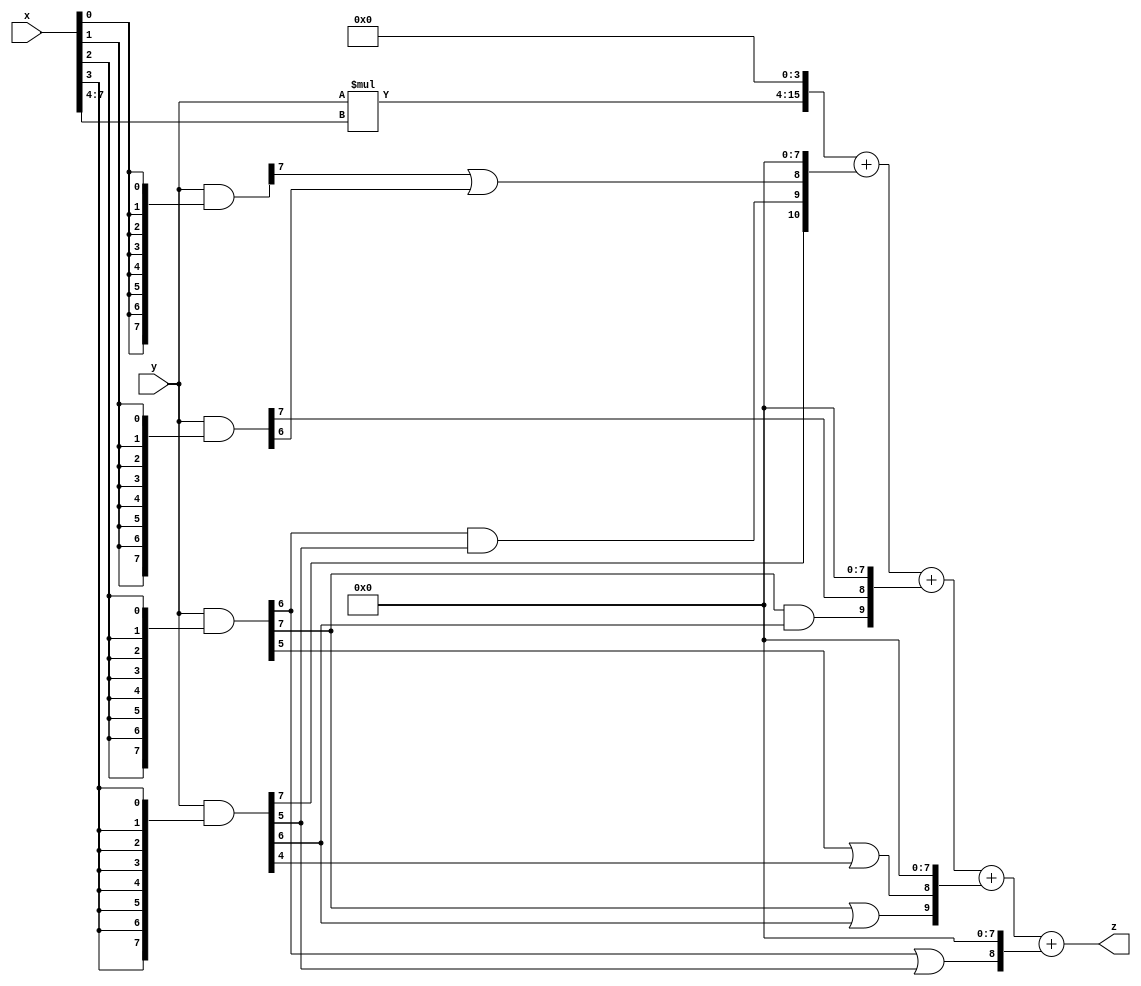
// terms: 8
// fval:  60370.25

module unsigned_8x8_l4_lamb6000_6 (
	input [7:0] x,
	input [7:0] y,
	output [15:0] z
);

wire [11:0] tmp_z = y*x[7:4];

wire [7:0] part1 =  y & {8{x[0]}};
wire [7:0] part2 =  y & {8{x[1]}};
wire [7:0] part3 =  y & {8{x[2]}};
wire [7:0] part4 =  y & {8{x[3]}};

wire [10:0] new_part1;
assign new_part1[0] = 0;
assign new_part1[1] = 0;
assign new_part1[2] = 0;
assign new_part1[3] = 0;
assign new_part1[4] = 0;
assign new_part1[5] = 0;
assign new_part1[6] = 0;
assign new_part1[7] = 0;
assign new_part1[8] = part1[7] | part2[6];
assign new_part1[9] = part3[6] & part4[5];
assign new_part1[10] = part4[7];

wire [9:0] new_part2;
assign new_part2[0] = 0;
assign new_part2[1] = 0;
assign new_part2[2] = 0;
assign new_part2[3] = 0;
assign new_part2[4] = 0;
assign new_part2[5] = 0;
assign new_part2[6] = 0;
assign new_part2[7] = 0;
assign new_part2[8] = part2[7];
assign new_part2[9] = part3[7] & part4[6];

wire [9:0] new_part3;
assign new_part3[0] = 0;
assign new_part3[1] = 0;
assign new_part3[2] = 0;
assign new_part3[3] = 0;
assign new_part3[4] = 0;
assign new_part3[5] = 0;
assign new_part3[6] = 0;
assign new_part3[7] = 0;
assign new_part3[8] = part3[5] | part4[4];
assign new_part3[9] = part3[7] | part4[6];

wire [8:0] new_part4;
assign new_part4[0] = 0;
assign new_part4[1] = 0;
assign new_part4[2] = 0;
assign new_part4[3] = 0;
assign new_part4[4] = 0;
assign new_part4[5] = 0;
assign new_part4[6] = 0;
assign new_part4[7] = 0;
assign new_part4[8] = part3[6] | part4[5];

assign z = {tmp_z, 4'd 0} + new_part1 + new_part2 + new_part3 + new_part4;
endmodule